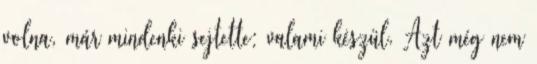
volna, már mindenki sejtette: valami készül. Azt még nem